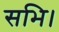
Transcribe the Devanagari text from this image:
सभि।